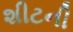
શીટની